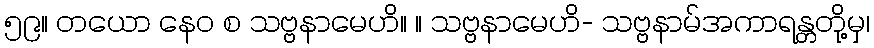
၅၉။ တယော နေဝ စ သဗ္ဗနာမေဟိ။ ။ သဗ္ဗနာမေဟိ- သဗ္ဗနာမ်အကာရန္တတို့မှ၊